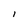
Character: l